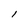
Character: 1